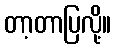
တာ့တာပြလို့။